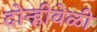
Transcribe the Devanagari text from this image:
दोन्हीवेळी